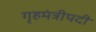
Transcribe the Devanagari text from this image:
गृहमंत्रीपदी